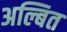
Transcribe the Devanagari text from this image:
अल्बित